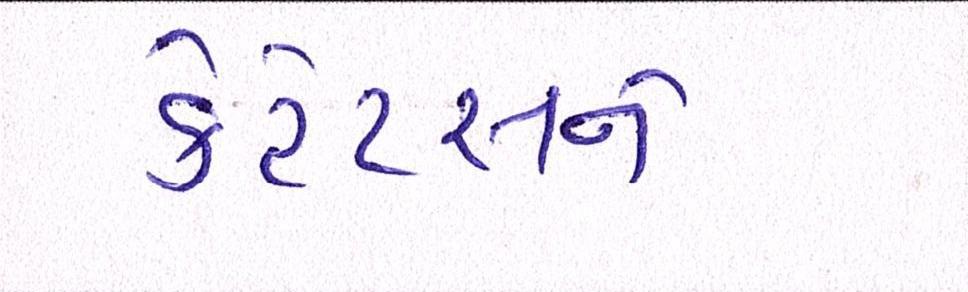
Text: કેટેટસને